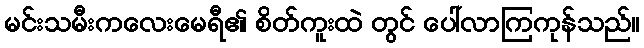
မင်းသမီးကလေးမေရီ၏ စိတ်ကူးထဲ တွင် ပေါ်လာကြကုန်သည်။